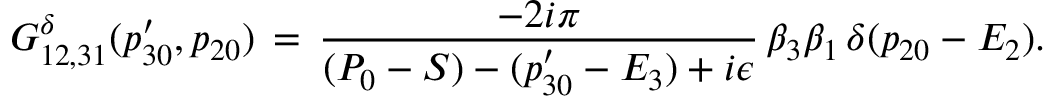
G _ { 1 2 , 3 1 } ^ { \delta } ( p _ { 3 0 } ^ { \prime } , p _ { 2 0 } ) \, = \, { \frac { - 2 i \pi } { ( P _ { 0 } - S ) - ( p _ { 3 0 } ^ { \prime } - E _ { 3 } ) + i \epsilon } } \, \beta _ { 3 } \beta _ { 1 } \, \delta ( p _ { 2 0 } - E _ { 2 } ) .